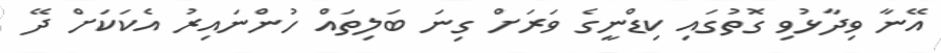
އޭނާ ވިދާޅުވި ގޮތުގައި ކިޑްނީގެ ވަރަށް ގިނަ ބަލިތައް ހުންނައިރު އެކަކަށް ދޭ